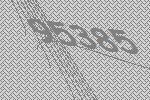
95385